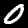
Label: 0